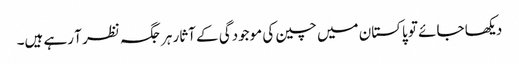
دیکھا جائے تو پاکستان میں چین کی موجودگی کے آثار ہر جگہ نظر آ رہے ہیں۔